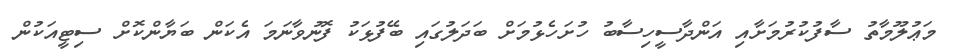
މަޢުލޫމާތު ސާފުކުރުމަށާއި އަންދާސީހިސާބު ހުށަހެޅުމަށް ބަދަލުގައި ބޭފުޅަކު ފޮނުވާނަމަ އެކަން ބަޔާންކޮށް ސިޓީއަކުން